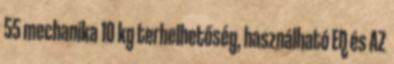
55 mechanika 10 kg terhelhetőség, használható EQ és AZ